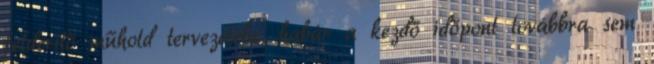
felderítő műhold tervezetébe, habár a kezdő időpont továbbra sem